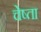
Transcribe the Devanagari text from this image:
चेष्ता